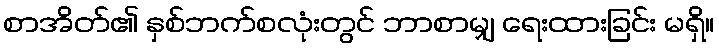
စာအိတ်၏ နှစ်ဘက်စလုံးတွင် ဘာစာမျှ ရေးထားခြင်း မရှိ။